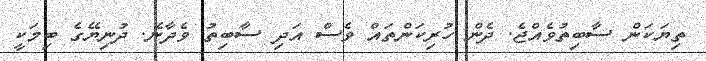
ތިޔަކަން ސާބިތުވެއްޖެ. ދެން ހުރިކަންތައް ވެސް އަދި ސާބިތު ވެދާނެ. ދުނިޔޭގެ ބިމަކީ